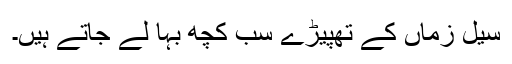
سیل زماں کے تھپیڑے سب کچھ بہا لے جاتے ہیں۔